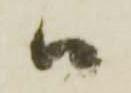
ハ